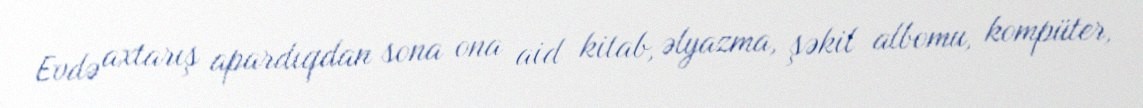
Evdə axtarış apardıqdan sona ona aid kitab, əlyazma, şəkil albomu, kompüter,